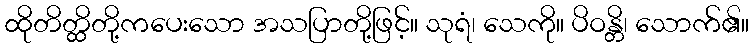
ထိုတိတ္ထိတို့ကပေးသော အသပြာတို့ဖြင့်။ သုရံ၊ သေကို။ ပိဝန္တိ၊ သောက်၏။